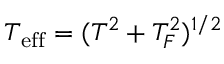
T _ { \mathrm { e f f } } = ( T ^ { 2 } + T _ { F } ^ { 2 } ) ^ { 1 / 2 }